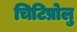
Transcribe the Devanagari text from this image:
चिटिप्रोलु